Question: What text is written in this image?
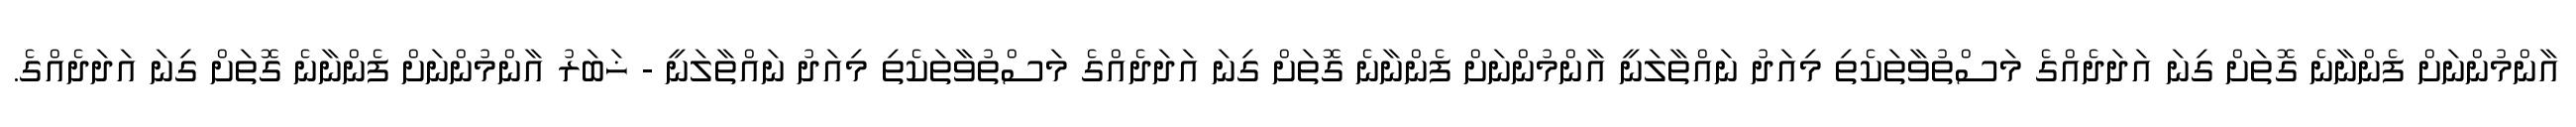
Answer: އާންމުންނަށް ފެންނާނެ ގޮތަށް ގިނަ އަދަދެއްގެ މަސްތުވާތަކެތި މިއަދު ނައްތާލަނީ އާންމުންނަށް ފެންނާނެ ގޮތަށް ގިނަ އަދަދެއްގެ މަސްތުވާތަކެތި މިއަދު ނައްތާލަނީ - ޚަބަރު އާންމުންނަށް ފެންނާނެ ގޮތަށް ގިނަ އަދަދެއްގެ.